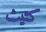
كثيث